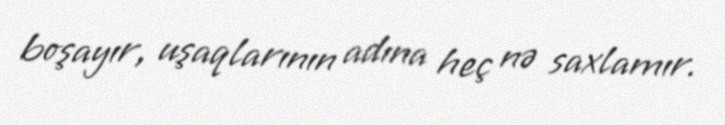
boşayır, uşaqlarının adına heç nə saxlamır.